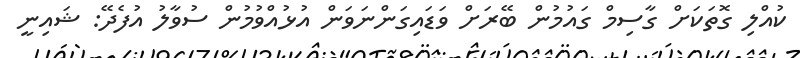
ކުއްލި ގޮތަކަށް ގާސިމް ގައުމުން ބޭރަށް ވަޑައިގަންނަވަން އުޅުއްވުމުން ސުވާލު އުފެދޭ: ޝައިނީ